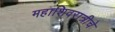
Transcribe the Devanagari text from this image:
महाशिवरात्रीचे